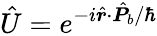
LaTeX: \hat{U}=e^{-i\hat{\boldsymbol{r}}\cdot\hat{\boldsymbol{P}}_{b}/\hbar}